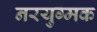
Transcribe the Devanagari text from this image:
नरयुग्मक